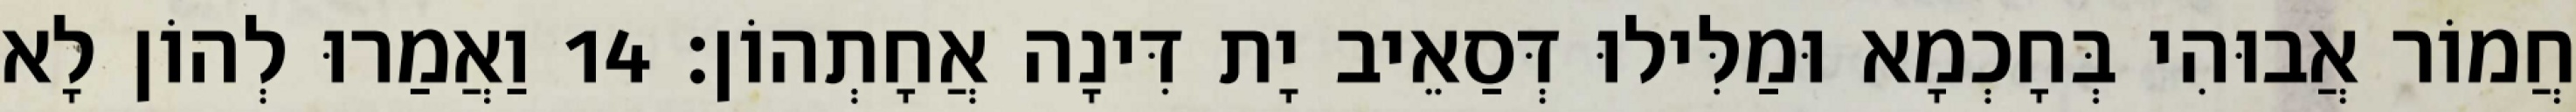
חֲמוֹר אֲבוּהִי בְּחָכְמָא וּמַלִּילוּ דְּסַאֵיב יָת דִּינָה אֲחָתְהוֹן׃ 14 וַאֲמַרוּ לְהוֹן לָא